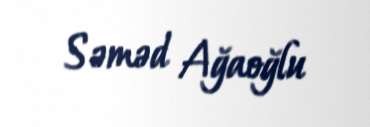
Səməd Ağaoğlu